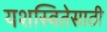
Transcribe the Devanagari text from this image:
यशस्वितेसाठी